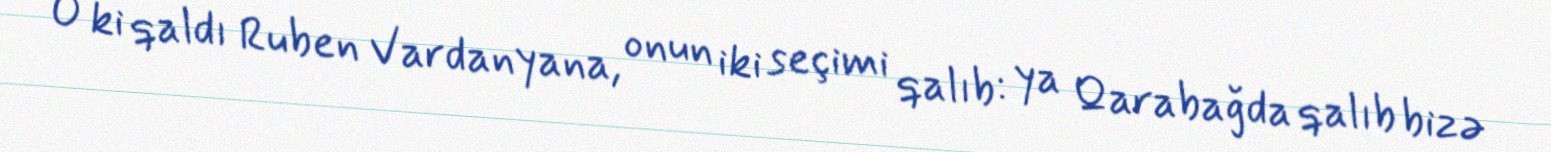
O ki qaldı Ruben Vardanyana, onun iki seçimi qalıb: ya Qarabağda qalıb bizə